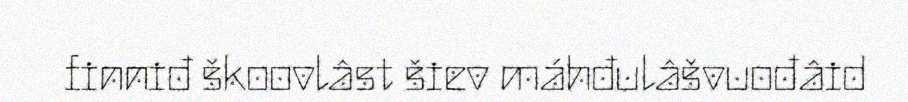
finniđ škoovlâst šiev máhđulâšvuođâid